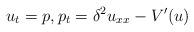
LaTeX: \begin{align*} u_t = p, p_t = \delta^2 u_{xx} - V'(u)\end{align*}